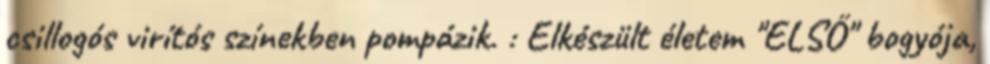
csillogós virítós színekben pompázik. : Elkészült életem "ELSŐ" bogyója,